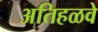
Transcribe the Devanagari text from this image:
अतिहळवे